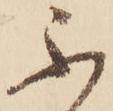
不